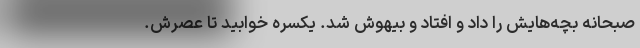
صبحانه بچه‌هايش را داد و افتاد و بيهوش شد. يكسره خوابيد تا عصرش.